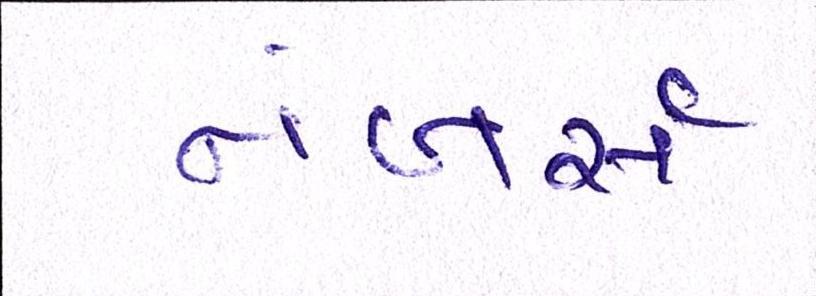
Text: નંબર્સ